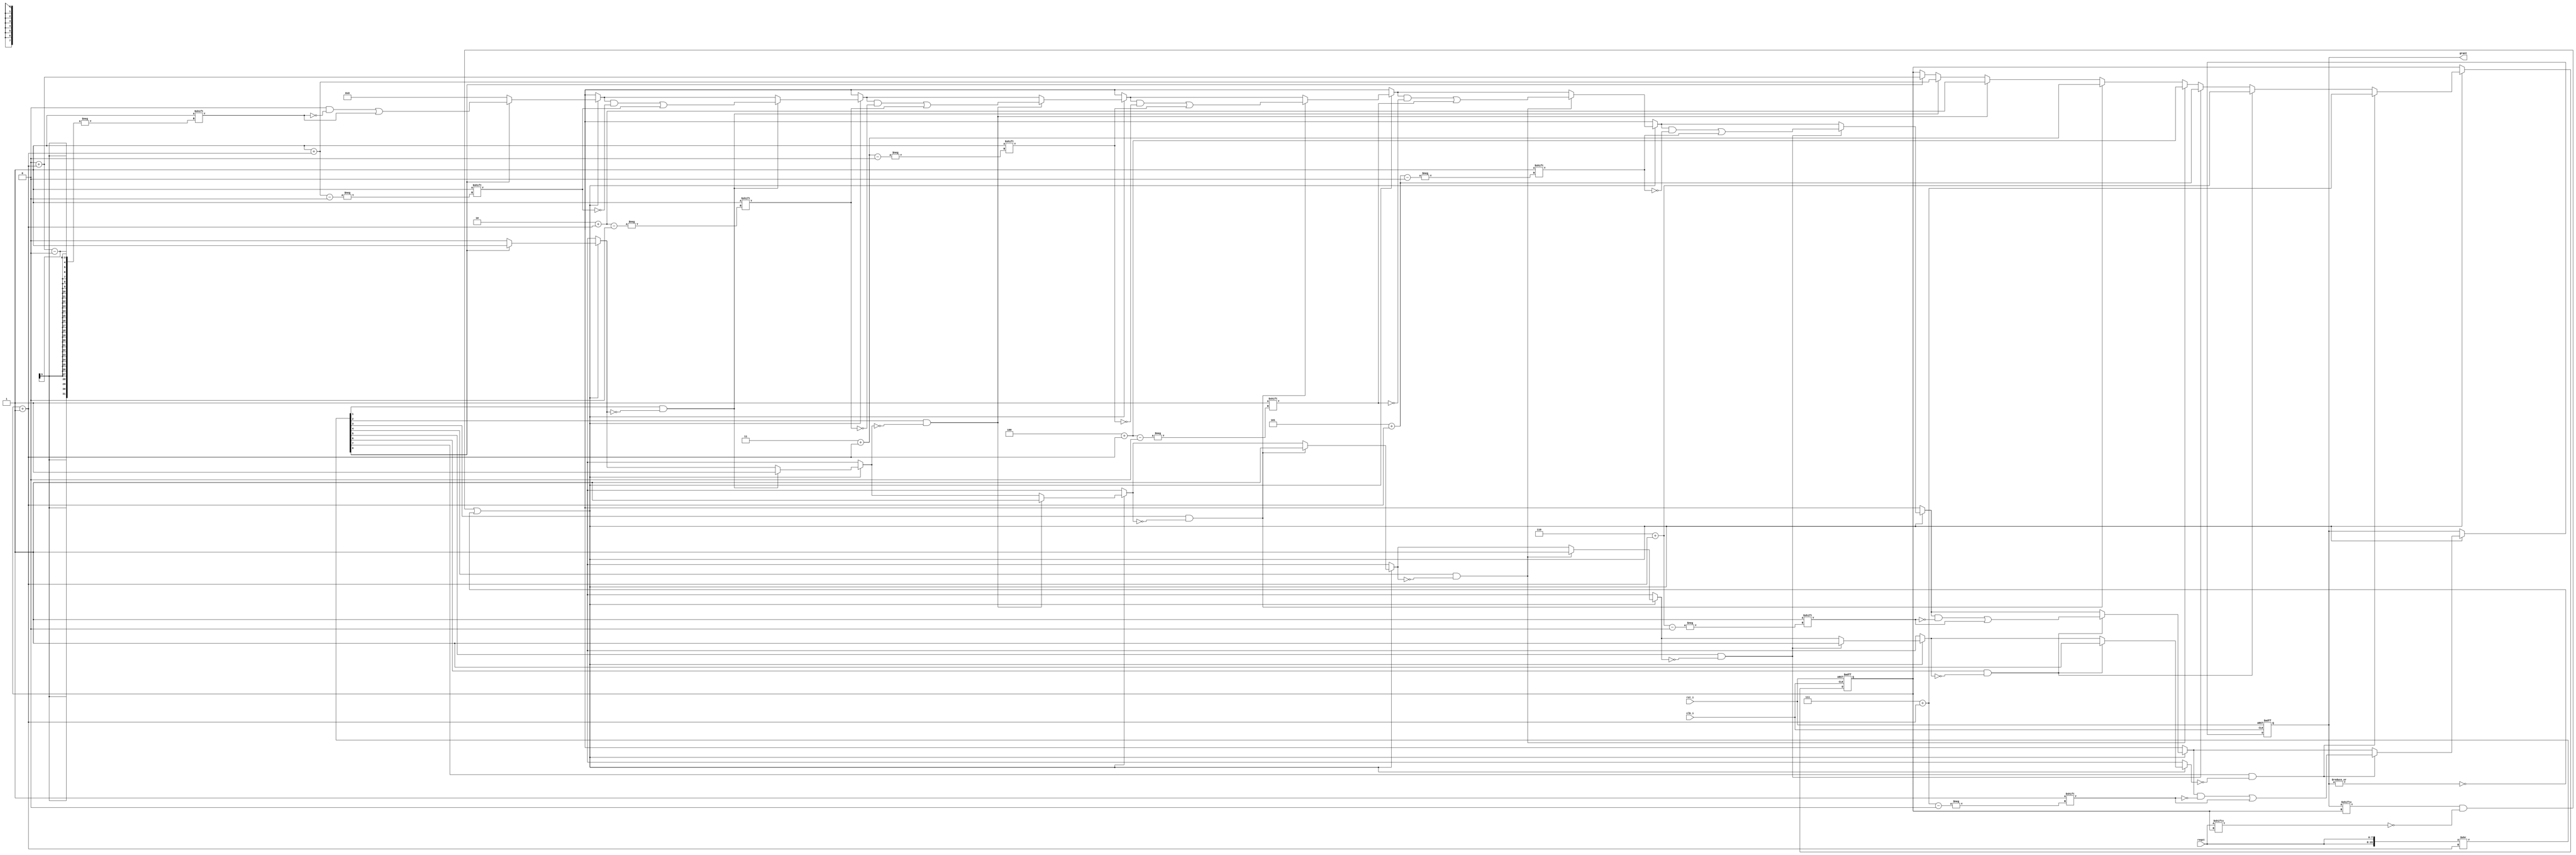
module arbiter( /*AUTOARG*/
// Outputs
grant, 
// Inputs
rst_i, clk_i, reqst
);
parameter RNUM = 3;
parameter RCNT = 1<<RNUM;     // 1 bit per request

input                 rst_i;
input                 clk_i;

input  [RCNT-1:0]     reqst;
output [RCNT-1:0]     grant;

reg    [RCNT-1:0]     grant;
reg    [RCNT-1:0] nxt_grant;

reg    [RNUM-1:0]     state;  // the last-granted-request number
reg    [RNUM-1:0] nxt_state;
wire   [RNUM-1:0] inc_state = state + 1'b1;

reg                 granted;

integer i,j;

//
// rotate the requests, based on state.
//
wire   [RCNT-1:0] req_bit = { reqst, reqst } >> inc_state;

// maintain a list of which req_bit is mapped to which
//  request number, so that we can issue the appropriate grant.
//
reg    [RNUM-1:0] req_map [0:RCNT-1];

always @( inc_state )
for( i = 0 ; i < RCNT ; i = i + 1 ) req_map[i] = i+inc_state;

//
// issue the next grant...
//
always @( grant or req_bit or reqst or state )
begin
       nxt_state = state;
       nxt_grant = grant;
       granted   = 1'b0;

if( (   grant[ state ] & ~reqst[ state ] ) || // request going inactive? or...
    ( ~|grant                            ) )  // no grants outstanding?
begin

       nxt_grant = {RCNT{1'b0}};            // de-assert all grants

   for( j = 0 ; j < RCNT ; j = j + 1 )
     if( req_bit[j] & ~granted )            // look for a pending request
     begin
       nxt_state = req_map[j];              // change state to granted number
       nxt_grant[  req_map[j] ] = 1'b1;     // issue the grant
       granted   = 1'b1;                    // issue only 1 grant (verilog has no "break;")
     end
end
end


always @( posedge clk_i or posedge rst_i )
if( rst_i )
begin
    grant <= {RCNT{1'b0}};
    state <= {RNUM{1'b0}};
end
else
begin
    grant <= nxt_grant;
    state <= nxt_state;
end

endmodule